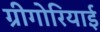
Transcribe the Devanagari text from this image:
ग्रीगोरियाई